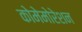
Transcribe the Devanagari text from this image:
कोमेमोरेशन